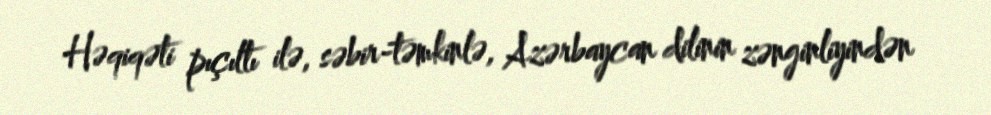
Həqiqəti pıçıltı ilə, səbir-təmkinlə, Azərbaycan dilinin zənginliyindən